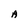
Character: A